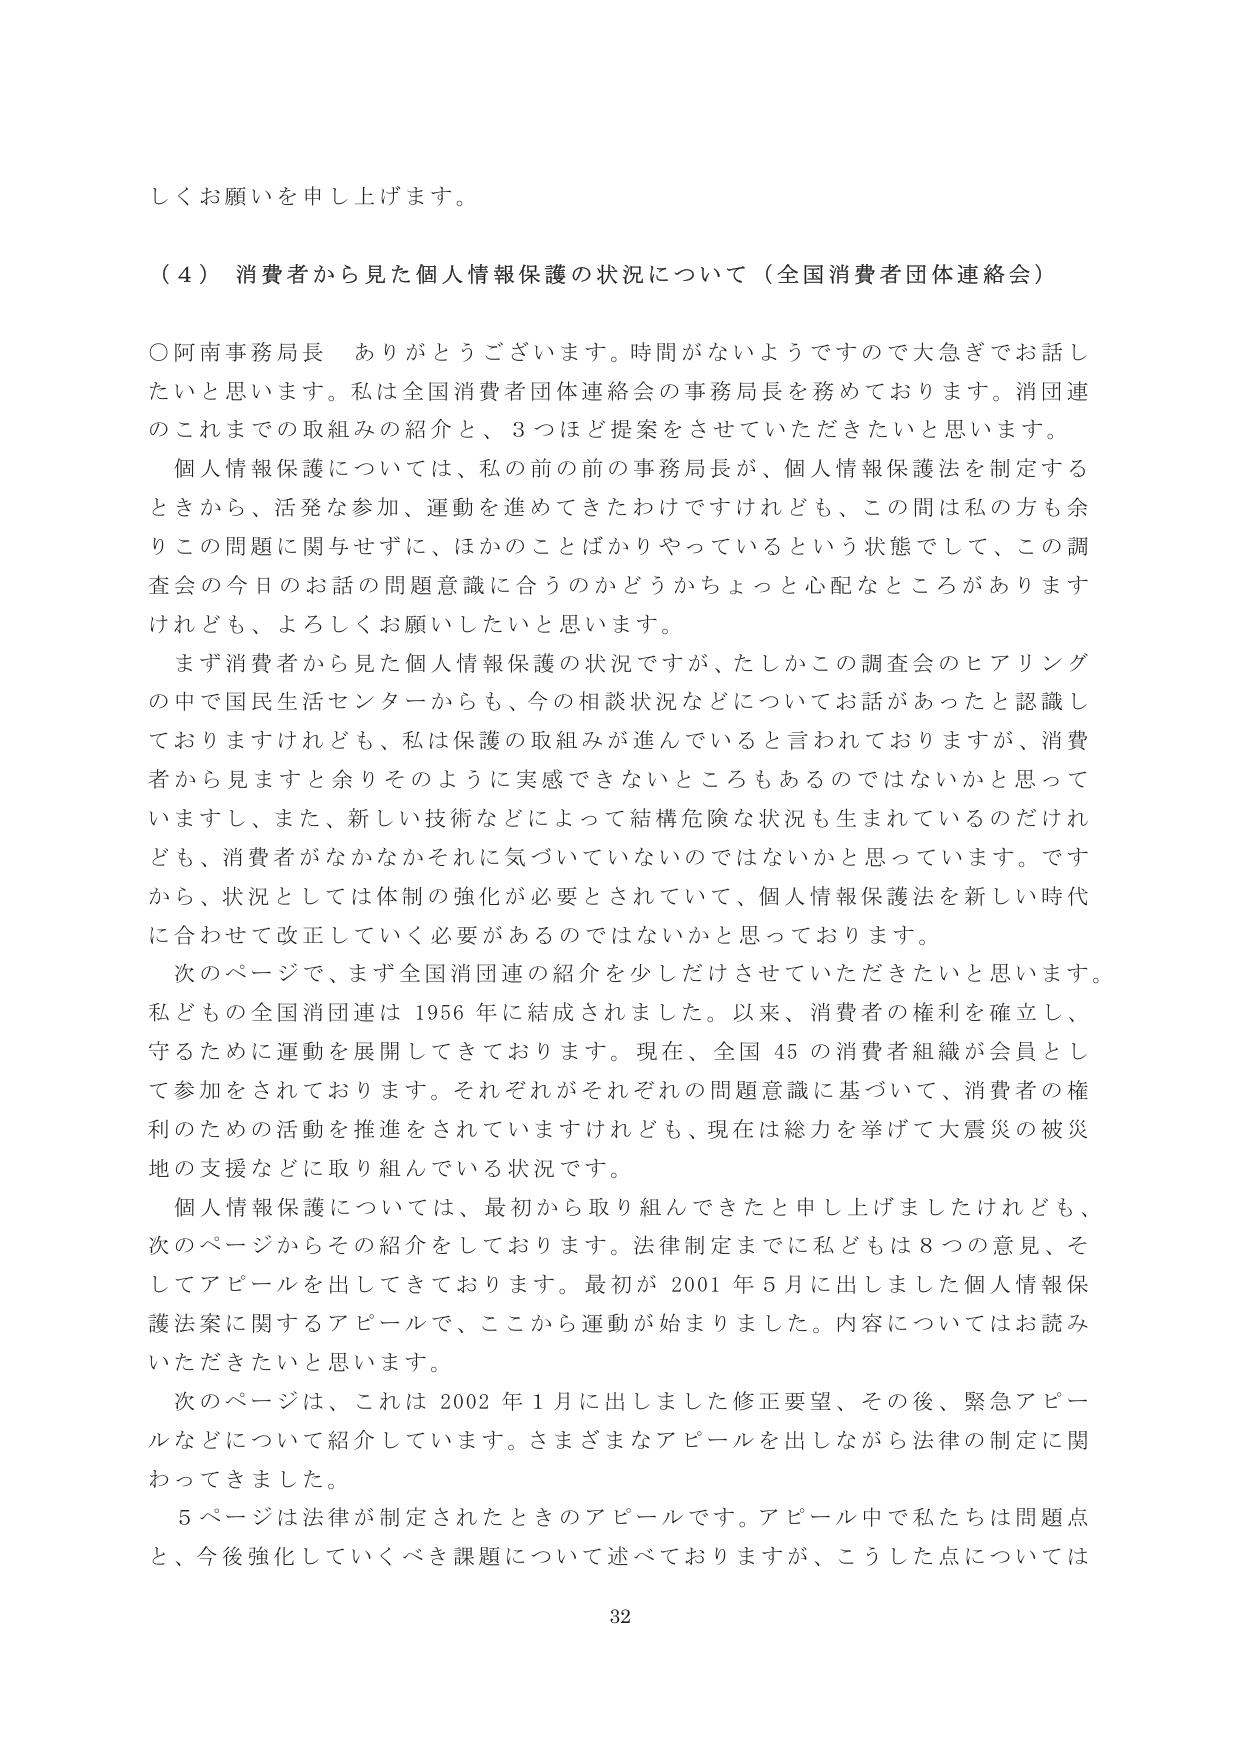
しくお願いを申し上げます。

（４）消費者から見た個人情報保護の状況について（全国消費者団体連絡会）

○阿南事務局長　ありがとうございます。時間がないようですので大急ぎでお話したいと思います。私は全国消費者団体連絡会の事務局長を務めております。消団連のこれまでの取組みの紹介と、３つほど提案をさせていただきたいと思います。

　個人情報保護については、私の前の前の事務局長が、個人情報保護法を制定するときから、活発な参加、運動を進めてきたわけですけれども、この間は私の方も余りこの問題に関与せずに、ほかのことばかりやっているという状態でして、この調査会の今日のお話の問題意識に合うのかどうかちょっと心配なところがありますけれども、よろしくお願いしたいと思います。

　まず消費者から見た個人情報保護の状況ですが、たしかこの調査会のヒアリングの中で国民生活センターからも、今の相談状況などについてお話があったと認識しておりますけれども、私は保護の取組みが進んでいると言われておりますが、消費者から見ますと余りそのように実感できないところもあるのではないかと思っていまし、また、新しい技術などによって結構危険な状況も生まれているのだけれども、消費者がなかなかそれに気づいていないのではないかと思っています。ですから、状況としては体制の強化が必要とされていて、個人情報保護法を新しい時代に合わせて改正していく必要があるのではないかと思っております。

　次のページで、まず全国消団連の紹介を少しだけさせていただきたいと思います。私どもの全国消団連は1956年に結成されました。以来、消費者の権利を確立し、守るために運動を展開してきております。現在、全国45の消費者組織が会員として参加をされております。それぞれがそれぞれの問題意識に基づいて、消費者の権利のための活動を推進をされていますけれども、現在は総力を挙げて大震災の被災地の支援などに取り組んでいる状況です。

　個人情報保護については、最初から取り組んできたと申し上げましたけれども、次のページからその紹介をしております。法律制定までに私どもは8つの意見、そしてアピールを出してきております。最初が2001年5月に出しました個人情報保護法案に関するアピールで、ここから運動が始まりました。内容についてはお読みいただきたいと思います。

　次のページは、これは2002年1月に出しました修正要望、その後、緊急アピールなどについて紹介しています。さまざまなアピールを出しながら法律の制定に関わってきました。

　5ページは法律が制定されたときのアピールです。アピール中で私たちは問題点と、今後強化していくべき課題について述べておりますが、こうした点については

32